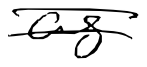
Text: as
Cross-out: double-line
Writing tool: digital_black